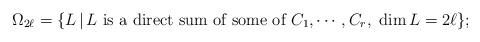
LaTeX: \begin{align*}\Omega_{2\ell}=\{L\,|\, \mbox{$L$ is a direct sum of some of $C_1,\cdots,C_r$,\, $\dim L=2\ell$}\};\end{align*}